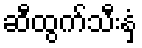
ဆီထွက်သီးနှံ